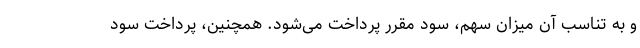
و به تناسب آن میزان سهم، سود مقرر پرداخت می‌شود. همچنین، پرداخت سود